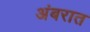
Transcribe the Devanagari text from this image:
अंबरात